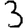
Digit: 3